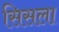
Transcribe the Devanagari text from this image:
सिसला